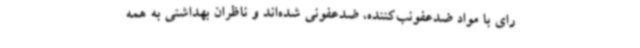
رای با مواد ضدعفونب‌کننده، ضدعفونی شده‌اند و ناظران بهداشتی به همه